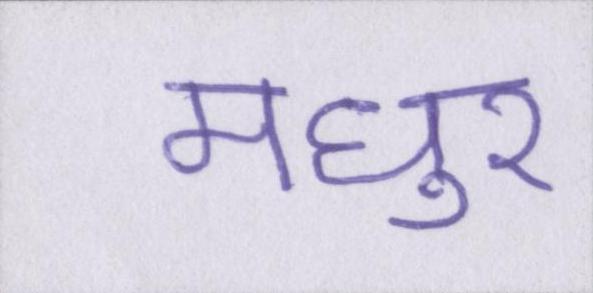
मधुर